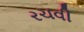
રચવી